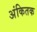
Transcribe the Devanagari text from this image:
अंकितक